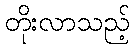
တိုးလာသည့်